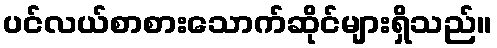
ပင်လယ်စာစားသောက်ဆိုင်များရှိသည်။